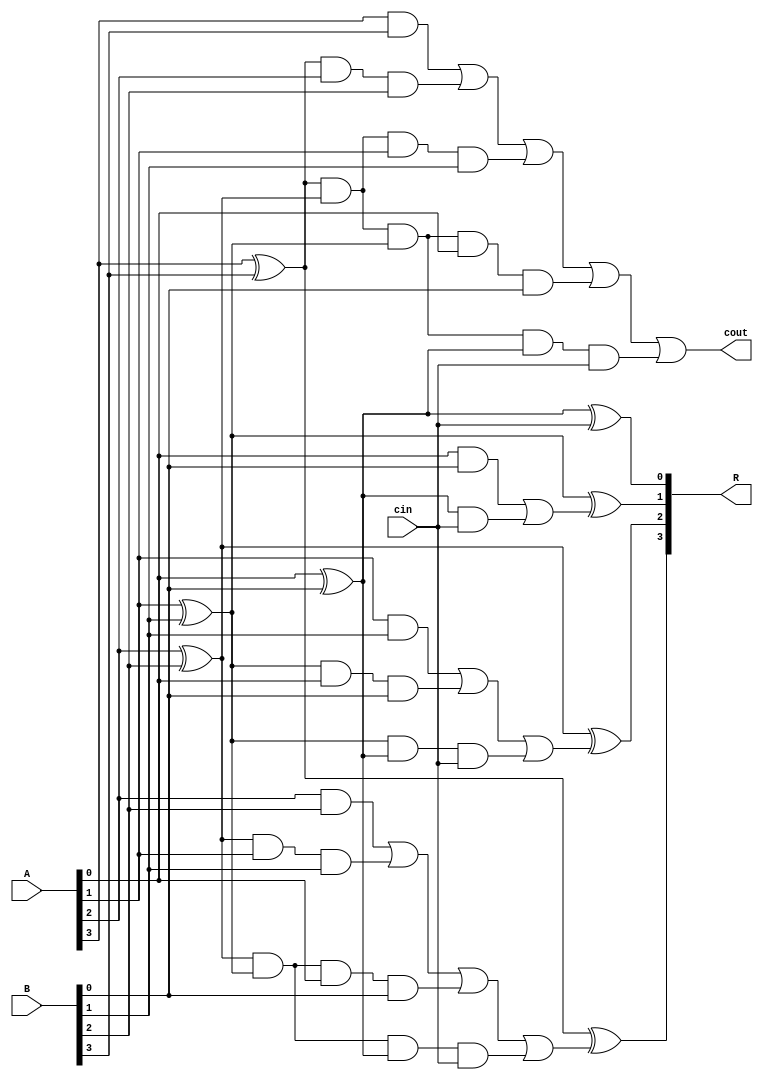
module alt_carry_look_ahead_adder_cin_4
(
input [3:0] A, B,
input cin,
output [3:0] R,
output cout
);
wire p0,  p1,  p2,  p3; 
wire c0,  c1,  c2,  c3,  c4; 
wire [4:0] c_four;
wire [3:0] c_three;
wire [2:0] c_two;
wire [1:0] c_one;

assign p0 = A[0] ^ B[0];
assign p1 = A[1] ^ B[1];
assign p2 = A[2] ^ B[2];
assign p3 = A[3] ^ B[3];


and(c_one[0] , A[0] , B[0]); 
 and(c_one[1] , p0 , cin);
and(c_two[0] , A[1] , B[1]); 
 and(c_two[1] , p1 , A[0] , B[0]); 
 and(c_two[2] , p1 , p0 , cin);
and(c_three[0] , A[2] , B[2]); 
 and(c_three[1] , p2 , A[1] , B[1]); 
 and(c_three[2] , p2 , p1 , A[0] , B[0]); 
 and(c_three[3] , p2 , p1 , p0 , cin);
and(c_four[0] , A[3] , B[3]); 
 and(c_four[1] , p3 , A[2] , B[2]); 
 and(c_four[2] , p3 , p2 , A[1] , B[1]); 
 and(c_four[3] , p3 , p2 , p1 , A[0] , B[0]); 
 and(c_four[4] , p3 , p2 , p1 , p0 , cin);

assign c1 = c_one[0] | c_one[1];
assign c2 = c_two[0] | c_two[1] | c_two[2]; 
assign c3 = c_three[0] | c_three[1] | c_three[2] | c_three[3]; 
assign c4 = c_four[0] | c_four[1] | c_four[2] | c_four[3] | c_four[4];

assign R[0] = p0 ^ cin;
assign R[1] = p1 ^ c1;
assign R[2] = p2 ^ c2;
assign R[3] = p3 ^ c3;
assign cout = c4;

endmodule